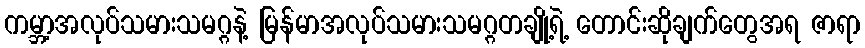
ကမ္ဘာ့အလုပ်သမားသမဂ္ဂနဲ့ မြန်မာအလုပ်သမားသမဂ္ဂတချို့ရဲ့ တောင်းဆိုချက်တွေအရ ဇာရာ